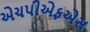
એચપીએફએસ